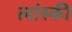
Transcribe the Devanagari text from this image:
लांस्की